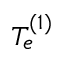
T _ { e } ^ { ( 1 ) }